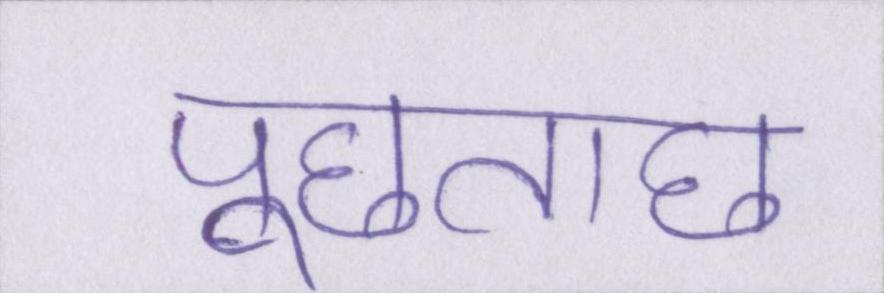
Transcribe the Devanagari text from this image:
पूछताछ